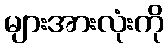
များအားလုံးကို